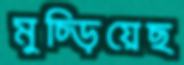
মুচ্‌ড়িয়েছ